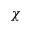
\chi